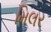
મિલર